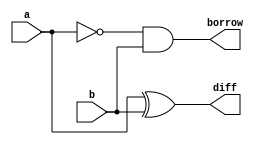
//RTL : Half subtractor
module half_subtractor(diff,borrow,a,b);

output diff,borrow;
input a,b;

assign diff = a ^ b;
assign borrow = ~a & b;
endmodule